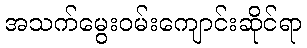
အသက်မွေးဝမ်းကျောင်းဆိုင်ရာ